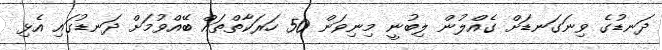
ދަނޑުގެ ވިނަގަނޑަށް ގެއްލުން ލިބުނީ މިނިވަން 50 ހަރަކާތްތައް ބޭއްވުމަށް ދަނޑުގައި އެޅި